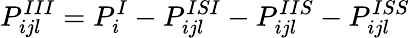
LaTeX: P_{ijl}^{III}=P_{i}^{I}-P_{ijl}^{ISI}-P_{ijl}^{IIS}-P_{ijl}^{ISS}